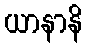
ယာနာနိ